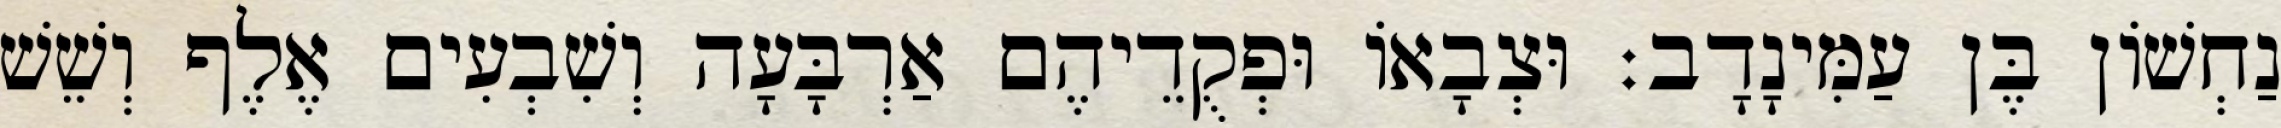
נַחְשׁוֹן בֶּן עַמִּינָדָב׃ וּצְבָאוֹ וּפְקֻדֵיהֶם אַרְבָּעָה וְשִׁבְעִים אֶלֶף וְשֵׁשׁ